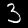
Digit: 3